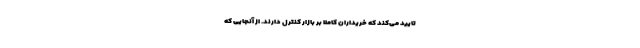
تایید می‌‌کند که خریداران کاملاً بر بازار کنترل دارند. از آنجایی که